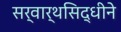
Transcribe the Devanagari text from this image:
सर्वार्थसिद्धीने